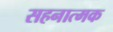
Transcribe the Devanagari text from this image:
सहनात्मक